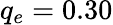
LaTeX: q_{e}=0.30